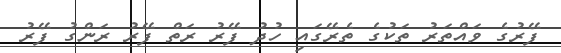
ފޭރުގެ ވައްތަރު ތަކުގެ ތެރޭގައި ހުދު ފޭރު ރަތް ފޭރު ރަންގު ފޭރު